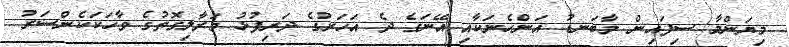
މިޔަންމާ ސިފައިން މާބަނޑު އަންހެނަކާއި އޭނަގެ ދެ އަހަރުގެ ދަރިފުޅު މަރާލިގޮތުގެ ވާހަކަކެންސަރު